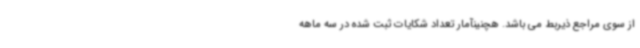
از سوی مراجع ذیربط می باشد. هچنینآمار تعداد شکایات ثبت شده در سه ماهه